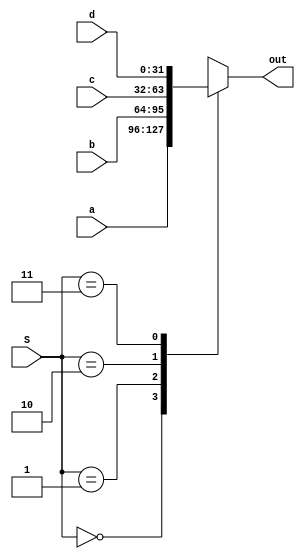
module mux4to1 #(parameter DW = 32)( a, b, c, d, S, out);

input wire [DW-1:0] a, b, c, d;
input wire [1:0] S;
output reg [DW-1:0] out;

always @ (a or b or c or d or S)
begin

case (S)
2'b00 : out <= a;
2'b01 : out <= b;
2'b10 : out <= c;
2'b11 : out <= d;
endcase

end

endmodule